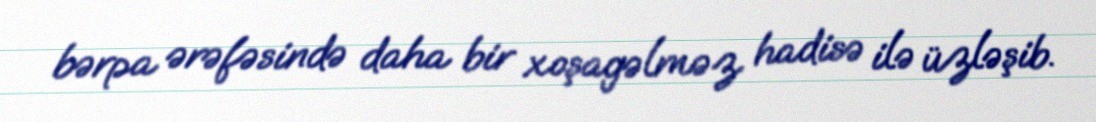
bərpa ərəfəsində daha bir xoşagəlməz hadisə ilə üzləşib.